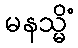
မနသ္မိံ